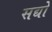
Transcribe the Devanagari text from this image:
सद्यो